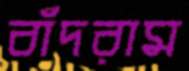
বাঁদরাম